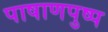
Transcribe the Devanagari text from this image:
पाषाणपुष्प